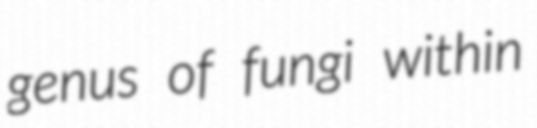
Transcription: genus of fungi within